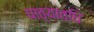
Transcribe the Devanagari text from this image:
पाठ्यावधि